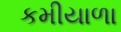
કમીયાળા